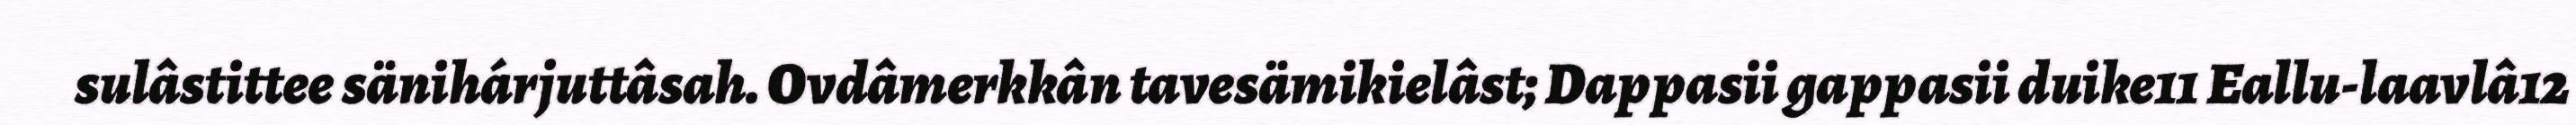
sulâstittee sänihárjuttâsah. Ovdâmerkkân tavesämikielâst; Dappasii gappasii duike11 Eallu-laavlâ12